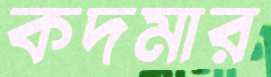
কদমার